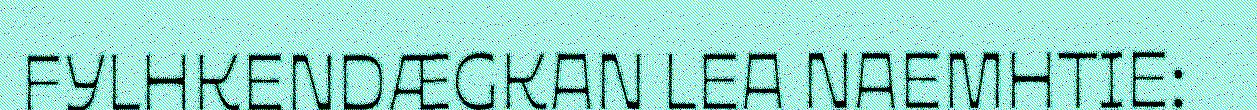
FYLHKENDÆGKAN LEA NAEMHTIE: